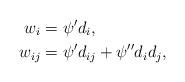
LaTeX: \begin{align*}w_{i} & =\psi'd_{i} ,\\w_{ij}& =\psi'd_{ij}+\psi''d_{i}d_{j},\end{align*}